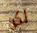
لكن